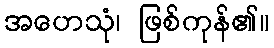
အဟေသုံ၊ ဖြစ်ကုန်၏။